Subject: physics
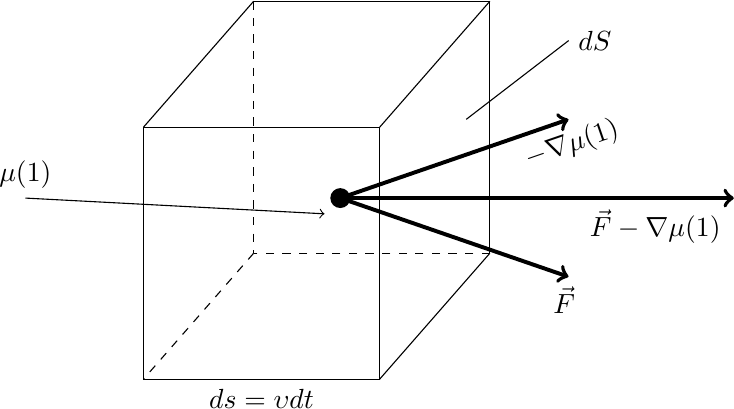
LaTeX code:
		\begin{tikzpicture}[domain=0:6]
			\draw[-] (-0.6,0.0) -- (-2.0, -1.6);
			\draw[-] (-0.6,3.2) -- (-2.0, 1.6);
			\draw[-] (-2.0, -1.6) -- (-2.0, 1.6);
			\draw[-] (-0.6,3.2) -- (-0.6,0.0);
	\draw[dashed] (-3.6,0.0) -- (-5.0, -1.6);
    \draw[-] (-3.6,3.2) -- (-5.0, 1.6);
   \draw[-] (-5.0, -1.6) -- (-5.0, 1.6);
   \draw[dashed] (-3.6,3.2) -- (-3.6,0.0);
		\draw[dashed] (-0.6,0.0) -- (-3.6, 0.0);
   		\draw[-] (-0.6,3.2) -- (-3.6, 3.2);
		\draw[-] (-2.0, -1.6) -- (-5.0, -1.6)node[pos=0.5,below] {$ds=\upsilon dt$};
			\draw[-] (-2.0,1.6) -- (-5.0,1.6);
\fill (-2.5,0.7) circle (3.6pt);
\draw[->, line width=0.5mm] (-2.5,0.7) -- (2.5,0.7) node[pos=0.8,below] {$\vec{F}- \nabla \mu(1)$};
\draw[->, line width=0.5mm] (-2.5,0.7) -- (0.4,1.7) node[pos=0.98,sloped,below] {$- \nabla \mu(1)$};
\draw[->, line width=0.5mm] (-2.5,0.7) -- (0.4,-0.3) node[pos=0.98,below] {$\vec{F}$};
\draw[] (-0.9,1.7) -- (0.4,2.7) node[right] {$dS$};
\draw[->] (-6.5,0.7)--(-2.7,0.5) node[above,pos=0] {$\mu(1)$};
		\end{tikzpicture}